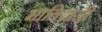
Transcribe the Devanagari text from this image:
भातियानी